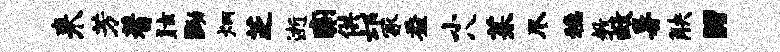
来芳蓍眩黝炳芝逝痢供邙冢益小八茱尽稳教救暑觖“